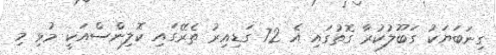
ގިނަބަޔަކު ގަބޫލުކުރާ ގޮތުގައި އެ 72 ގަޑިއިރު ތެރޭގައި ކޮލިންސްއަކީ މުޅި މި